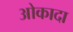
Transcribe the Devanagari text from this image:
ओकादा